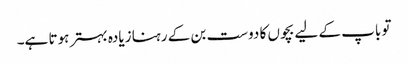
تو باپ کے لیے بچوں کا دوست بن کے رہنا زیادہ بہتر ہوتا ہے۔